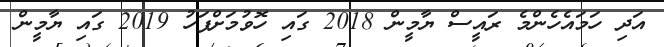
އަދި ހަމައެހެންމެ ރައީސް ޔާމީން 2018 ގައި ހޮވުމަށްފަހު 2019 ގައި ޔާމީން